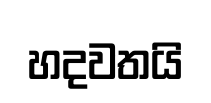
හදවතයි